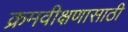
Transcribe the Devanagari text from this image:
क्रमवीक्षणासाठी